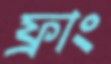
ফ্রাং